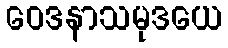
ဝေဒနာသမုဒယေ